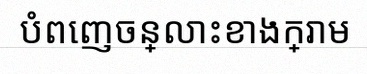
បំពេញចន្លោះខាងក្រោម